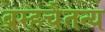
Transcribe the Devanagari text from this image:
ब्रम्हचैतन्य